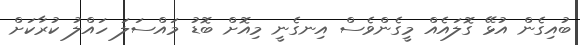
ބުއިގެން އުޅޭ ގޮލައެއް މީގެންވެސް އިނގެނީ މިއޮށް ބޮޑު މައްސަލަ ހައްލު ކުރާކަށް